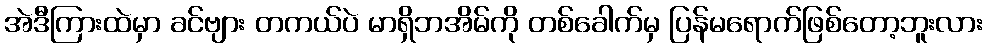
အဲဒီကြားထဲမှာ ခင်ဗျား တကယ်ပဲ မာရှိဘအိမ်ကို တစ်ခေါက်မှ ပြန်မရောက်ဖြစ်တော့ဘူးလား